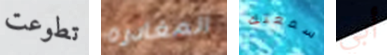
تطوعت المغادره سمعتك أبي